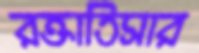
রক্তাতিসার